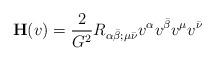
LaTeX: \begin{align*}\mathbf{H}(v) = \frac{2}{G^2} R_{\alpha\bar{\beta}; \mu\bar{\nu}} v^{\alpha} v^{\bar{\beta}} v^{\mu}v^{\bar{\nu}}\end{align*}